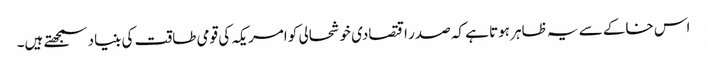
اس خاکے سے یہ ظاہر ہوتا ہے کہ صدر اقتصادی خوشحالی کو امریکہ کی قومی طاقت کی بنیاد سمجھتے ہیں۔